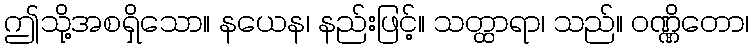
ဤသို့အစရှိသော။ နယေန၊ နည်းဖြင့်။ သတ္ထာရာ၊ သည်။ ဝဏ္ဏိတော၊